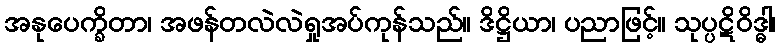
အနုပေက္ခိတာ၊ အဖန်တလဲလဲရှုအပ်ကုန်သည်။ ဒိဋ္ဌိယာ၊ ပညာဖြင့်။ သုပ္ပဋိဝိဒ္ဓါ၊